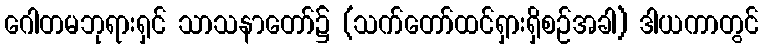
ဂေါတမဘုရားရှင် သာသနာတော်၌ (သက်တော်ထင်ရှားရှိစဉ်အခါ) ဒါယကာတွင်